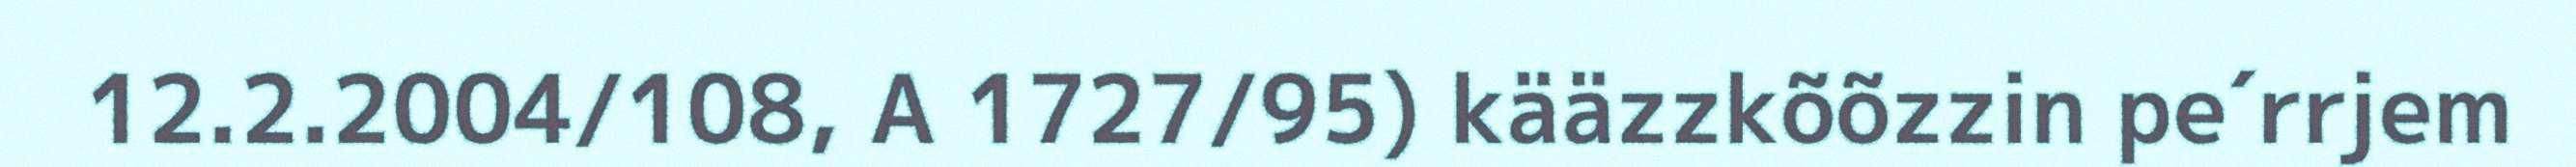
12.2.2004/108, A 1727/95) kääzzkõõzzin pe´rrjem